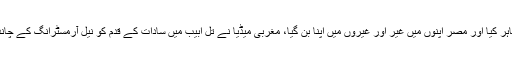
اسی بنا پر انہوں نے مصر کو عرب لیگ سے نکال باہر کیا اور مصر اپنوں میں غیر اور غیروں میں اپنا بن گیا، مغربی میڈیا نے تل ابیب میں سادات کے قدم کو نیل آرمسٹرانگ کے چاند پر رکھے گئے قدم سے کہیں زیادہ اہم قرار دے دیا۔